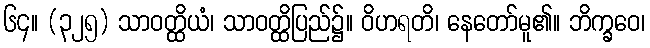
၆၄။ (၃၂၅) သာဝတ္ထိယံ၊ သာဝတ္ထိပြည်၌။ ဝိဟရတိ၊ နေတော်မူ၏။ ဘိက္ခဝေ၊